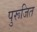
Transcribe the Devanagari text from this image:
पुरूजित